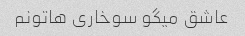
عاشق میگو سوخاری هاتونم